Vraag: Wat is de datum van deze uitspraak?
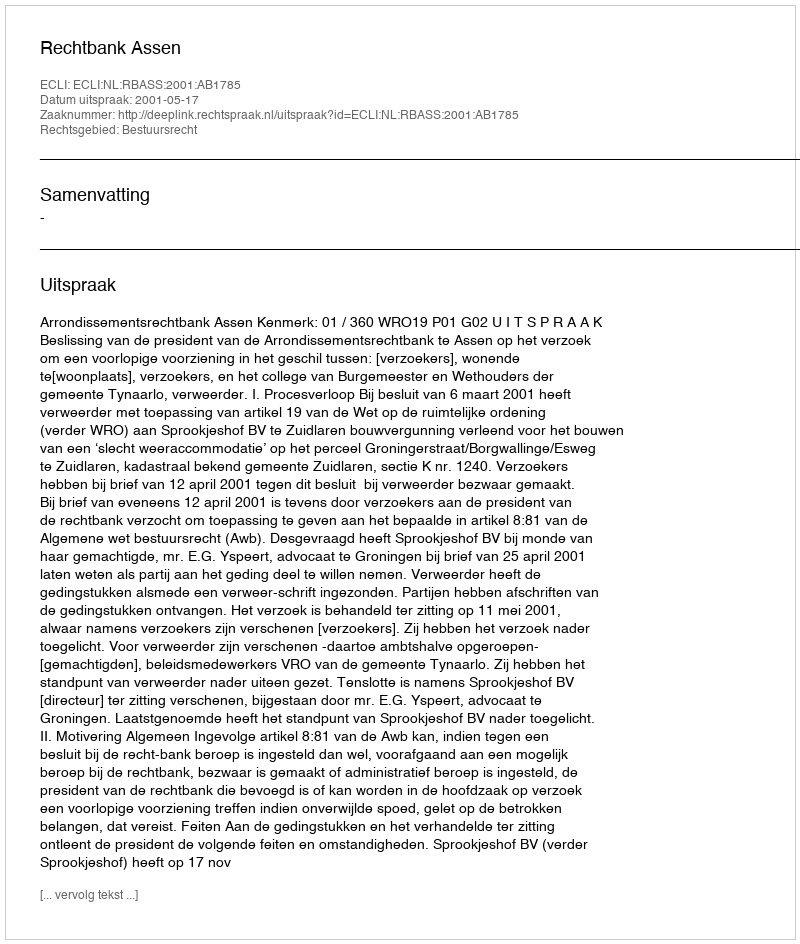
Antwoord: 2001-05-17